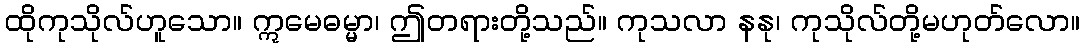
ထိုကုသိုလ်ဟူသော။ ဣမေဓမ္မာ၊ ဤတရားတို့သည်။ ကုသလာ နနု၊ ကုသိုလ်တို့မဟုတ်လော။